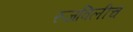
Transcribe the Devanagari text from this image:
रुजविलीच